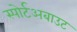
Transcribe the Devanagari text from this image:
स्पोर्टअबाउट